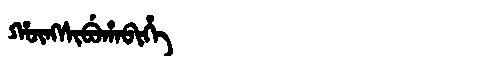
Manchu: ᡥᡡᠩᠰᡳᠪᡠᡥᠠᠪᡳᡥᡝ
Romanization: HŪNGSIBUHABIHE